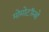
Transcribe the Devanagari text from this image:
मोमोटॉम्बो